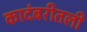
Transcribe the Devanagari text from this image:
कादंबरीतली